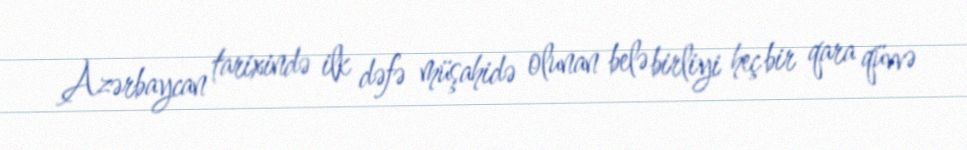
Azərbaycan tarixində ilk dəfə müşahidə olunan belə birliyi heç bir qara qüvvə